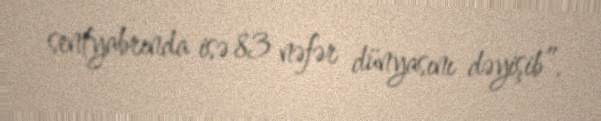
sentyabrında isə 83 nəfər dünyasını dəyişib”.